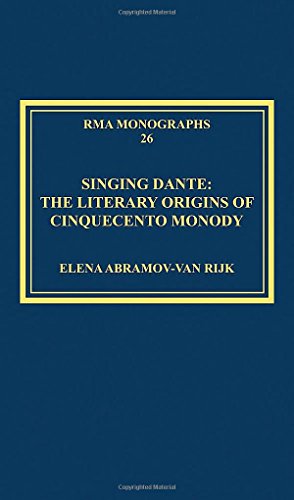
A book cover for Singing Dante: The Literary Origins of Cinquecento Monody (Royal Musical Association Monographs); Elena Abramov-Van Rijk; Arts & Photography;